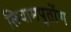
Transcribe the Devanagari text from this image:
लियामपुतोंग